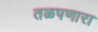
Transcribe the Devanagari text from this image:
तळपणारा